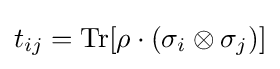
t_{ij}=\operatorname {Tr} [\rho \cdot (\sigma _{i}\otimes \sigma _{j})]